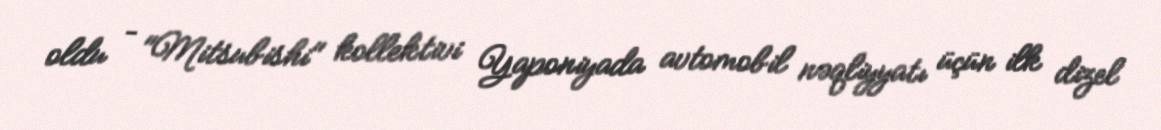
oldu – "Mitsubishi" kollektivi Yaponiyada avtomobil nəqliyyatı üçün ilk dizel